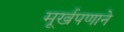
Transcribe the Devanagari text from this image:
मूर्खपणाने